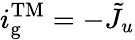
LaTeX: i_{\mathrm{g}}^{\mathrm{TM}}=-\tilde{J}_{u}